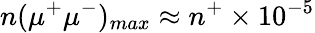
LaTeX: n(\mu^{+}\mu^{-})_{max}\approx n^{+}\times 10^{-5}